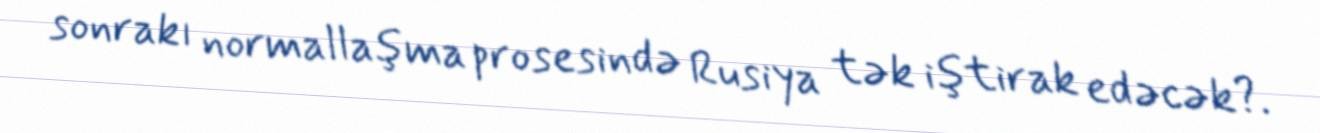
sonrakı normallaşma prosesində Rusiya tək iştirak edəcək?.